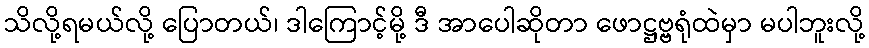
သိလို့ရမယ်လို့ ပြောတယ်၊ ဒါကြောင့်မို့ ဒီ အာပေါဆိုတာ ဖောဋ္ဌဗ္ဗရုံထဲမှာ မပါဘူးလို့